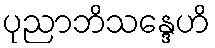
ပုညာဘိသန္ဒေဟိ